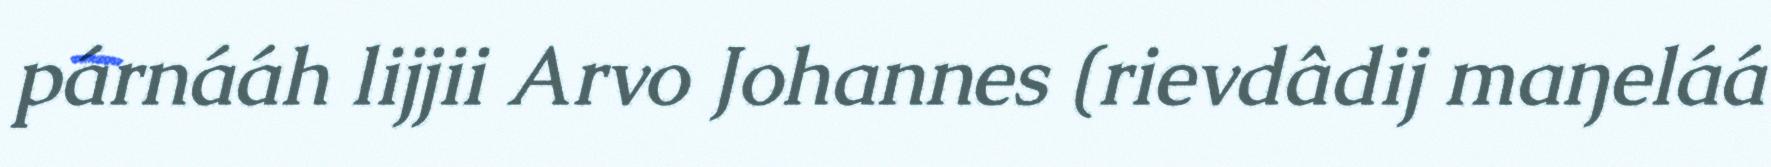
párnááh lijjii Arvo Johannes (rievdâdij maŋeláá